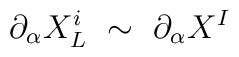
\partial_\alpha  X^i_L ~ \sim ~ \partial_\alpha X^I